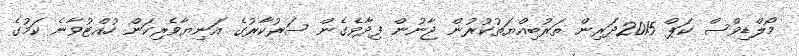
މޯލްޑިވްސް ކަޕް 2015ދަރިން ތަރުބިއްޔަތުކުރުން ޖާނުން ފިދާވެގެން ސަރުކާރުގެ އަނިޔާވެރިކަން ހުއްޓުވާނެ ކަމުގެ